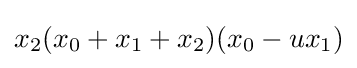
x_{2}(x_{0}+x_{1}+x_{2})(x_{0}-ux_{1})